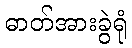
ဓာတ်အားခွဲရုံ